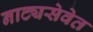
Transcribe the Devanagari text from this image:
नाट्यसेवेत